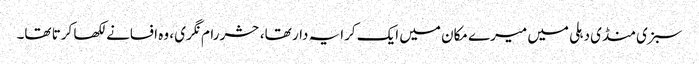
سبزی منڈی دہلی میں میرے مکان میں ایک کرایہ دار تھا، حشر رام نگری ، وہ افسانے لکھا کرتا تھا۔